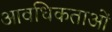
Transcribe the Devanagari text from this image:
आवधिकताओं